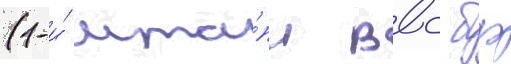
(1-и́ мта́п ввс бф